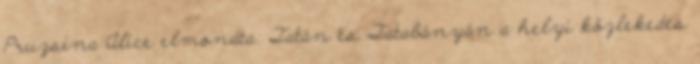
Pruzsina Alice elmondta: Tatán és Tatabányán a helyi közlekedés